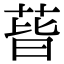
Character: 蒈